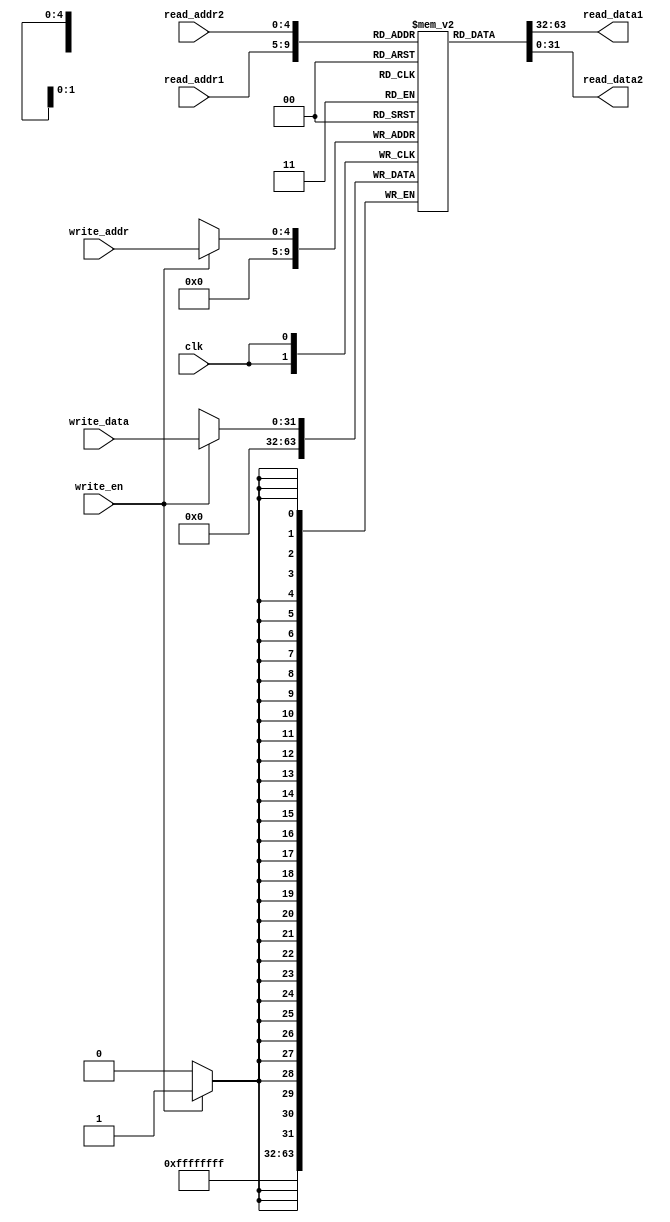

module register_file
  (
   clk,

   read_addr1,
   read_data1,

   read_addr2,
   read_data2,

   write_en,
   write_addr,
   write_data
   );

   input wire 	     clk;

   input wire [4:0]  read_addr1;
   output reg [31:0] read_data1;

   input wire [4:0]  read_addr2;
   output reg [31:0] read_data2;

   input wire 	     write_en;
   input wire [4:0]  write_addr;
   input wire [31:0] write_data;

   // Register file
   reg [31:0] 	     mem [31:0];

   always @(*)
     begin
	read_data1 = mem[read_addr1];
	read_data2 = mem[read_addr2];
     end

   always @(posedge clk)
     begin : register_file_block
	if (write_en)
	  begin
	     mem[write_addr] <= write_data;
	  end

	// Force register 0 to always have 0
	mem[0] <= 0;
     end
endmodule